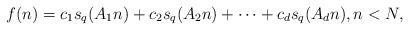
LaTeX: \begin{align*}f(n) = c_1 s_q(A_1n) + c_2 s_q(A_2n) + \cdots + c_d s_q(A_dn), n < N,\end{align*}